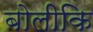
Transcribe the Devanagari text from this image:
बोलीकि